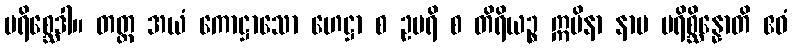
ပရိစ္ဆေဒါ။ တတ္ထ အယံ ကောဋ္ဌာသော ဟေဋ္ဌာ စ ဥပရိ စ တိရိယဉ္စ ဣမိနာ နာမ ပရိစ္ဆိန္နောတိ ဧဝံ